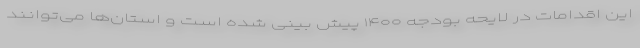
این اقدامات در لایحه بودجه ۱۴۰۰ پیش بینی شده است و استان‌ها می‌توانند